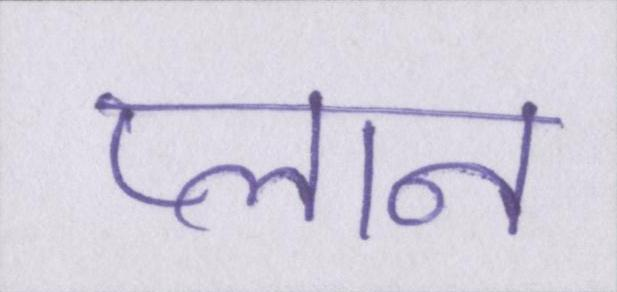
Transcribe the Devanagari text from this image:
प्लान